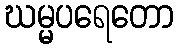
ဃမ္မပရေတော